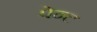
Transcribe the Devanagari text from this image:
पेन्‍ट